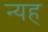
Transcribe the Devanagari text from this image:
न्यह